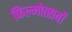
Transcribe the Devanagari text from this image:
फिल्मोत्सवों